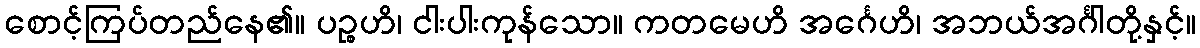
စောင့်ကြပ်တည်နေ၏။ ပဉ္စဟိ၊ ငါးပါးကုန်သော။ ကတမေဟိ အင်္ဂေဟိ၊ အဘယ်အင်္ဂါတို့နှင့်။